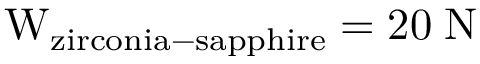
\mathrm { W _ { z i r c o n i a - s a p p h i r e } = 2 0 \; N }